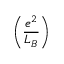
\left( { \frac { e ^ { 2 } } { L _ { B } } } \right)